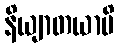
နိယျာတယာမိ